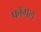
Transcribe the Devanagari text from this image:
फॉगल